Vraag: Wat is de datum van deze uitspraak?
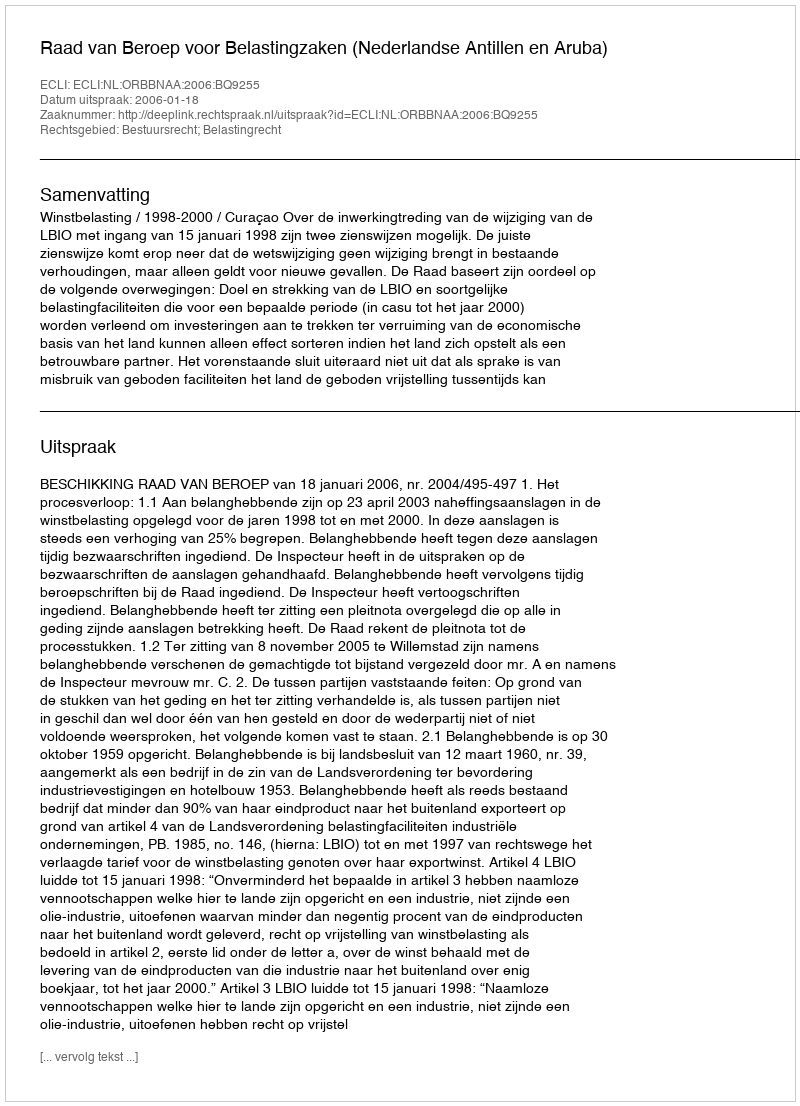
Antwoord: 2006-01-18